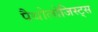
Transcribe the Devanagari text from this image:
पैथोलोजिस्ट्स